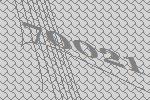
70021